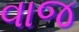
વાજ